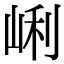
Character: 𡸉